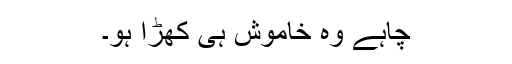
چاہے وہ خاموش ہی کھڑا ہو۔